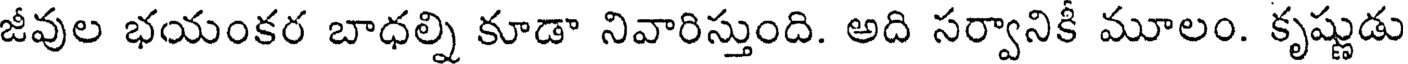
జీవుల భయంకర బాధల్ని కూడా నివారిస్తుంది. అది సర్వానికీ మూలం. కృష్ణుడు